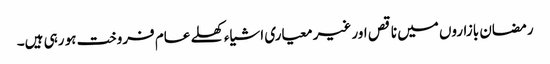
رمضان بازاروں میں ناقص اور غیر معیاری اشیاء کھلے عام فروخت ہو رہی ہیں۔